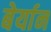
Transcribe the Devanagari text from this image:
बेर्यान